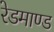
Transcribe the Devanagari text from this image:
रेडमाण्ड